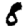
Digit: 8